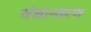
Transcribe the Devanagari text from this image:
वंशान्तरण